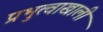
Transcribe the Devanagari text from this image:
प्रभुत्वाखाली